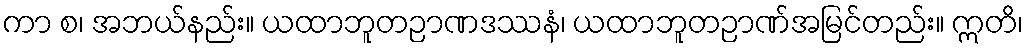
ကာ စ၊ အဘယ်နည်း။ ယထာဘူတဉာဏဒဿနံ၊ ယထာဘူတဉာဏ်အမြင်တည်း။ ဣတိ၊